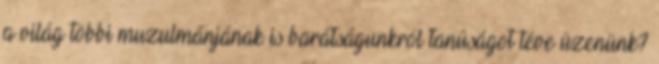
a világ többi muzulmánjának is barátságunkról tanúságot téve üzenünk?